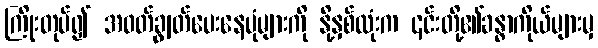
ကြိုးတုပ်၍ အဝတ်ချွတ်ပေးနေပုံများကို နို့နှစ်လုံးက ၎င်းတို့၏ခန္ဓာကိုယ်များမှ